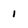
Character: 1